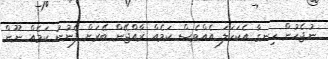
ނުޖެހުން ހިނގާ އެކަހަލަ އެއްވެސް ކަމެއް ރާއްޖޭން ބޭރަށް ފެނުނު ކަމެއް ނޫން